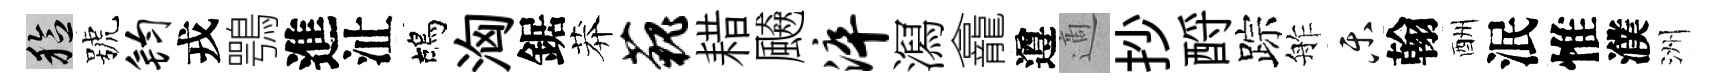
稔號钧戎鶚進沚鴣洶鋸莽藐耤飇淬㵼龕遵適抄酹踪舴乐翰酬泯惟濮洲